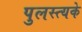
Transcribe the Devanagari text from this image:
पुलस्त्यके